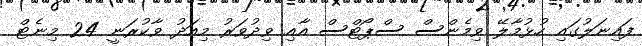
ފައިނަލުގައި ހުޅުމާލޭ ވިމެންސް ސްޕޯޓްސް އާއި ވިދުވަރު މިއަދު ވާކުރަނީ 24 މިނެޓް